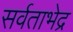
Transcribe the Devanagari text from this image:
सर्वताभेद्र